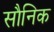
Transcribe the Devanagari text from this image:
सौनिक